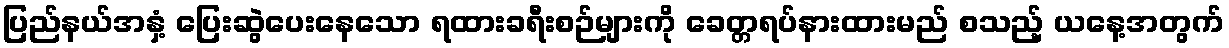
ပြည်နယ်အနှံ့ ပြေးဆွဲပေးနေသော ရထားခရီးစဉ်များကို ခေတ္တရပ်နားထားမည် စသည့် ယနေ့အတွက်